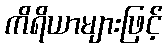
ကိရိယာများဖြင့်